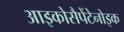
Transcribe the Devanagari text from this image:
आइकोसैपेंटेनोइक